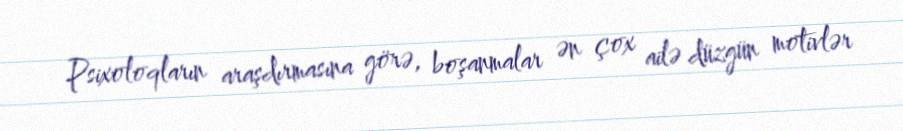
Psixoloqların araşdırmasına görə, boşanmalar ən çox ailə düzgün motivlər